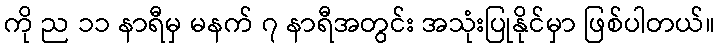
ကို ည ၁၁ နာရီမှ မနက် ၇ နာရီအတွင်း အသုံးပြုနိုင်မှာ ဖြစ်ပါတယ်။